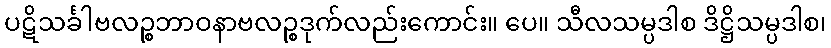
ပဋိသင်္ခါဗလဉ္စဘာဝနာဗလဉ္စဒုက်လည်းကောင်း။ ပေ။ သီလသမ္ပဒါစ ဒိဋ္ဌိသမ္ပဒါစ၊